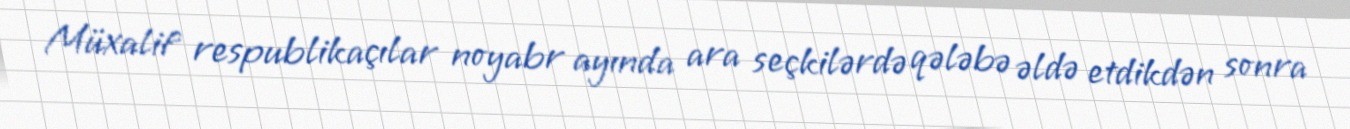
Müxalif respublikaçılar noyabr ayında ara seçkilərdə qələbə əldə etdikdən sonra